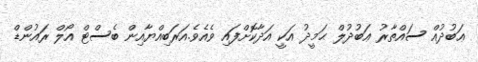
ޢަބުދުއް ސައްތާރު ޢަބުދުލް ޙަމީދު އަކީ އަދާކޮށްފައި ވެއެވެ.އަރަބިއްޔާއިން ބެސްޓް އޯލް ރައުންޑް